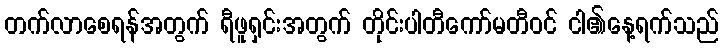
တက်လာစေရန်အတွက် ရီဖူရှင်းအတွက် တိုင်းပါတီကော်မတီဝင် ငါ၏နေ့ရက်သည်